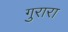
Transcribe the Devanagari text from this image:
गुरारा